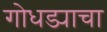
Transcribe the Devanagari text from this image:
गोधड्याचा